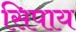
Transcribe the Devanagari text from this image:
सिपाय